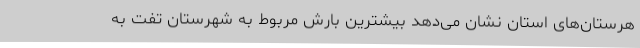
هرستان‌های استان نشان می‌دهد بیشترین بارش مربوط به شهرستان تفت به